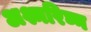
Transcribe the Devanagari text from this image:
अश्मरिघ्न